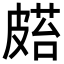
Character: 𥀌